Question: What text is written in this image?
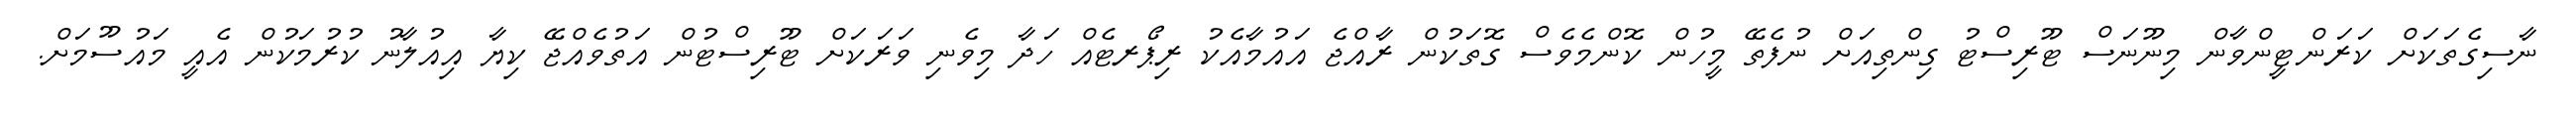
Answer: ނާސިގެތަކަށް ކަރަންޓީންވާން މިނޫނަސް ޓޫރިސްޓު ގިންތިއަށް ނުފެތޭ މީހުން ކޮންމެވެސް ގޮތަކުން ރާއްޖެ އައުމާއެކު ރިޕޯރޓެއް ހަދާ މިވެނި ވަރަކަށް ޓޫރިސްޓުން އަތުވެއްޖޭ ކިޔާ އިއުލާނު ކުރުމަކުން އެއީ މައުސޫމަށް.